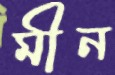
মীন